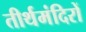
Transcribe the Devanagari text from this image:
तीर्थमंदिरों